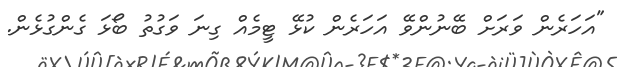
"އަހަރެން ވަރަށް ބޭނުންވޭ އަހަރެން ކުޅޭ ޓީމެއް ގިނަ ވަގުތު ބޯޅަ ގެންގުޅެން.